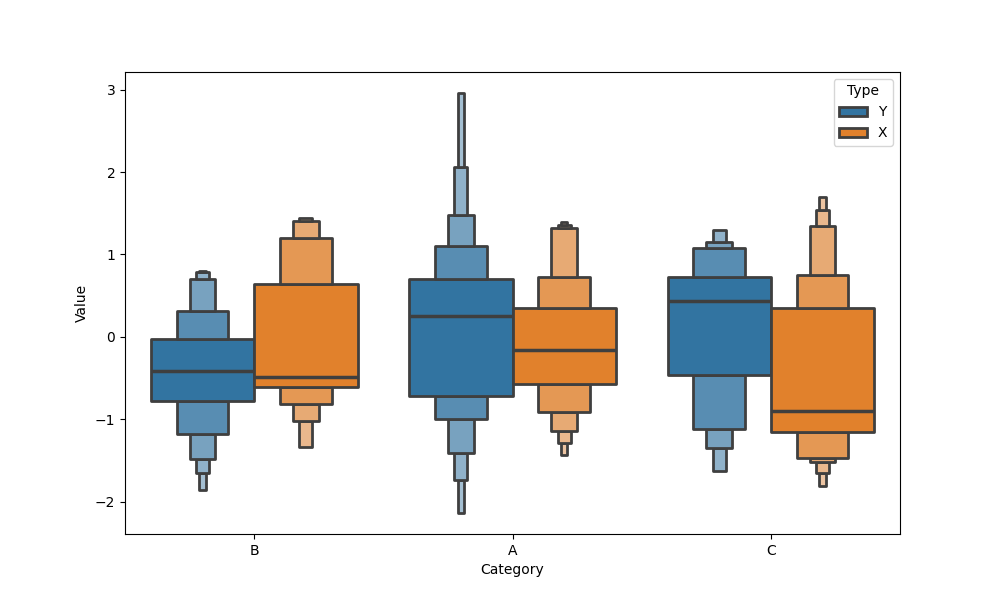
python, seaborn, boxenplot, k_depth='full', linewidth=2, scale='exponential', outlier_prop=0.2, showfliers=True